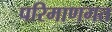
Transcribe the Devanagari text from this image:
परिमाणगत